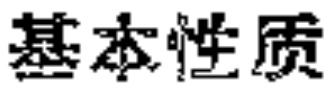
基本性质